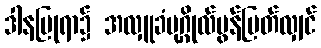
ဒါနပြုရာ၌ အလှူခံပုဂ္ဂိုလ်မွန်မြတ်လျှင်